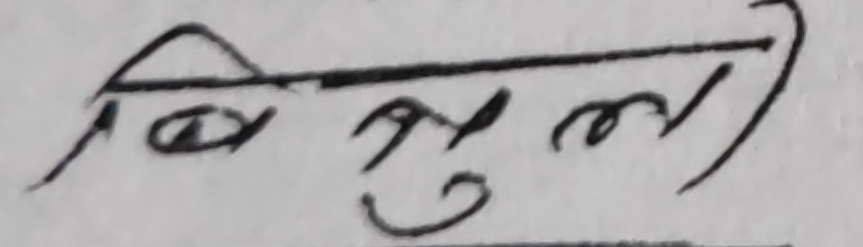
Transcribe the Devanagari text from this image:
बिलकुल)